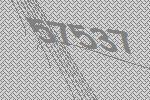
57537